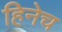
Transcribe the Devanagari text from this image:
हिनेच